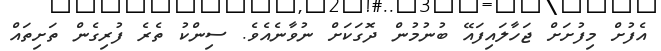
އެފުށް މިފުށަށް ޖަހާލައިފައޭ ބުނުމުން ދޮގަކަށް ނުވާނެއެވެ. ސިންކު ތެރެ ފުރިގެން ތަށިތައް